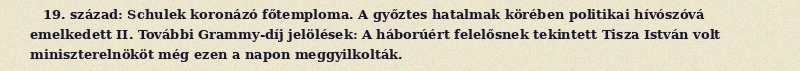
19. század: Schulek koronázó főtemploma. A győztes hatalmak körében politikai hívószóvá emelkedett II. További Grammy-díj jelölések: A háborúért felelősnek tekintett Tisza István volt miniszterelnököt még ezen a napon meggyilkolták.